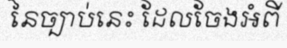
នៃច្បាប់នេះ ដែលចែងអំពី